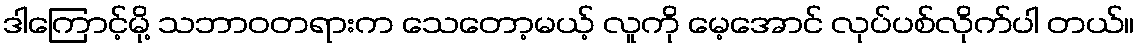
ဒါကြောင့်မို့ သဘာဝတရားက သေတော့မယ့် လူကို မေ့အောင် လုပ်ပစ်လိုက်ပါ တယ်။